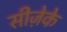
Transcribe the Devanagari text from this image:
सीज़ेके